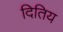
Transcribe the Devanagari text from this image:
दितिय